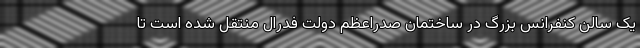
یک سالن کنفرانس بزرگ در ساختمان صدراعظم دولت فدرال منتقل شده است تا